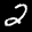
Label: 2